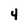
Character: 4